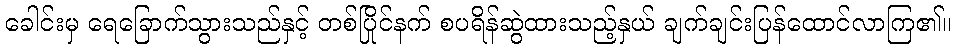
ခေါင်းမှ ရေခြောက်သွားသည်နှင့် တစ်ပြိုင်နက် စပရိန်ဆွဲထားသည့်နှယ် ချက်ချင်းပြန်ထောင်လာကြ၏။